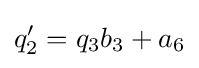
q_{2}'=q_{3}b_{3}+a_{6}